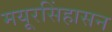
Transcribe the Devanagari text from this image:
मयूरसिंहासन